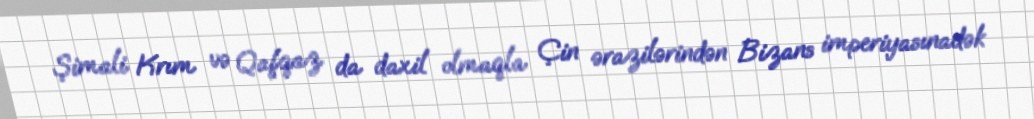
Şimali Krım və Qafqaz da daxil olmaqla Çin ərazilərindən Bizans imperiyasınadək